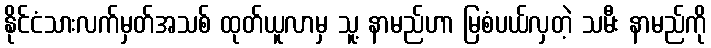
နိုင်ငံသားလက်မှတ်အသစ် ထုတ်ယူလာမှ သူ့ နာမည်ဟာ မြစံပယ်လှတဲ့ သမီး နာမည်ကို